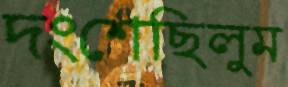
দংশেছিলুম